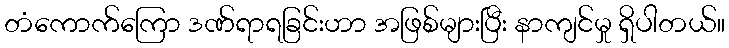
တံကောက်ကြော ဒဏ်ရာရခြင်းဟာ အဖြစ်များပြီး နာကျင်မှု ရှိပါတယ်။